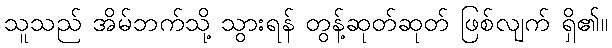
သူသည် အိမ်ဘက်သို့ သွားရန် တွန့်ဆုတ်ဆုတ် ဖြစ်လျက် ရှိ၏။